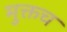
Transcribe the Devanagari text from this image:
मुक्तच